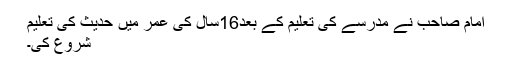
امام صاحب نے مدرسے کی تعلیم کے بعد16سال کی عمر میں حدیث کی تعلیم
شروع کی۔